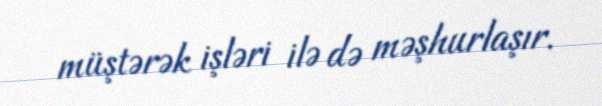
müştərək işləri ilə də məşhurlaşır.